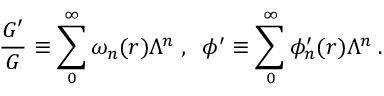
\frac { G ^ { \prime } } { G } \equiv \sum _ { 0 } ^ { \infty } \omega _ { n } ( r ) \Lambda ^ { n } \; , \; \; \phi ^ { \prime } \equiv \sum _ { 0 } ^ { \infty } \phi _ { n } ^ { \prime } ( r ) \Lambda ^ { n } \; .